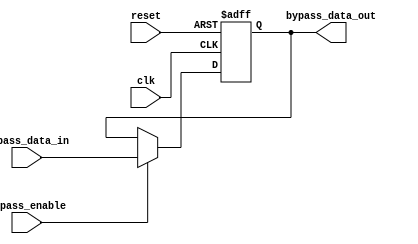
module timing_control_sync_block (
    input wire clk,
    input wire reset,
    input wire bypass_enable,
    input wire [7:0] bypass_data_in,
    output wire [7:0] bypass_data_out
);

reg [7:0] bypass_data_reg;

always @(posedge clk or posedge reset) begin
    if (reset) begin
        bypass_data_reg <= 8'b0;
    end else begin
        if (bypass_enable) begin
            bypass_data_reg <= bypass_data_in;
        end
    end
end

assign bypass_data_out = bypass_data_reg;

endmodule